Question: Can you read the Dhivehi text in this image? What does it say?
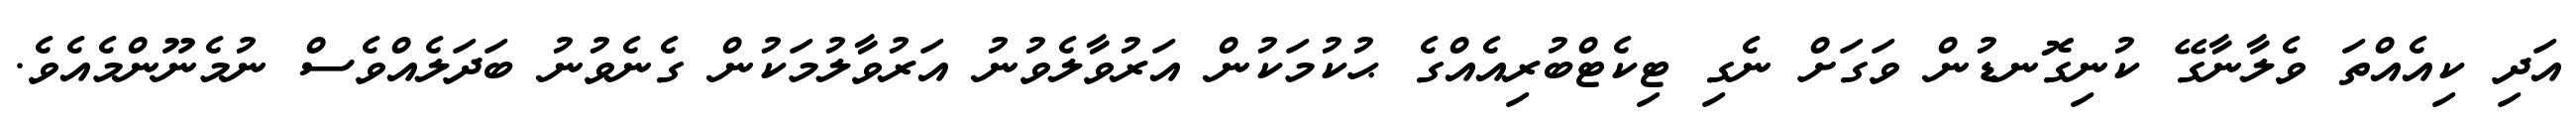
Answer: އަދި ކިއެއްތަ ވެލާނާގޭ ކުނިގޮނޑުން ވަގަށް ނެގި ޓިކެޓްބުރިއެއްގެ ޙުކުމަކުން އަރުވާލެވުނު އަރުވާލުމަކުން ގެނެވުނު ބަދަލެއްވެސް ނުމެނޫންމެއެވެ.